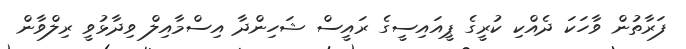
ފަރާތުން ވާހަކަ ދެއްކި ކުރީގެ ޕީއައިސީގެ ރައީސް ޝަހިންދާ އިސްމާއިލް ވިދާޅުވީ ރިލްވާން